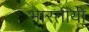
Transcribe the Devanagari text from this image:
भारतीयी